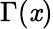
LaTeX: \Gamma(\mathit{x})